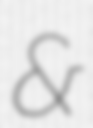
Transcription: &